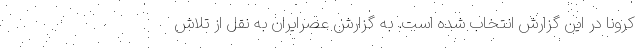
کرونا در این گزارش انتخاب شده است. به گزارش عصرایران به نقل از تلاش